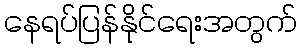
နေရပ်ပြန်နိုင်ရေးအတွက်